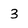
Character: 3